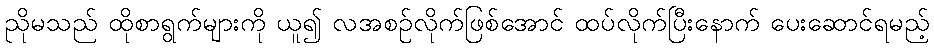
ညိုမသည် ထိုစာရွက်များကို ယူ၍ လအစဉ်လိုက်ဖြစ်အောင် ထပ်လိုက်ပြီးနောက် ပေးဆောင်ရမည့်